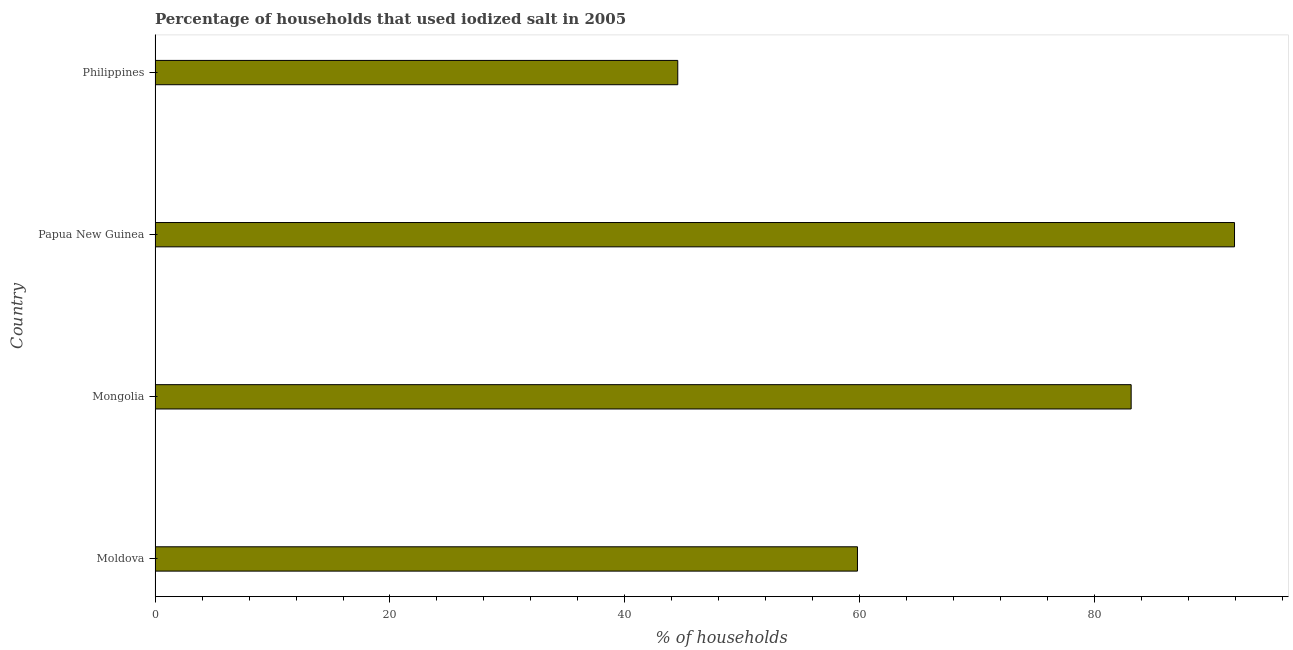
| Country | Consumption of iodized salt |
 | --- | --- |
 | Moldova | 59.8 |
 | Mongolia | 83.1 |
 | Papua New Guinea | 91.9 |
 | Philippines | 44.5 |